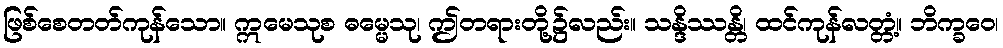
ဖြစ်စေတတ်ကုန်သော။ ဣမေသုစ ဓမ္မေသု၊ ဤတရားတို့၌လည်း။ သန္ဒိဿန္တိ၊ ထင်ကုန်လတ္တံ့။ ဘိက္ခဝေ၊